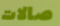
صالات